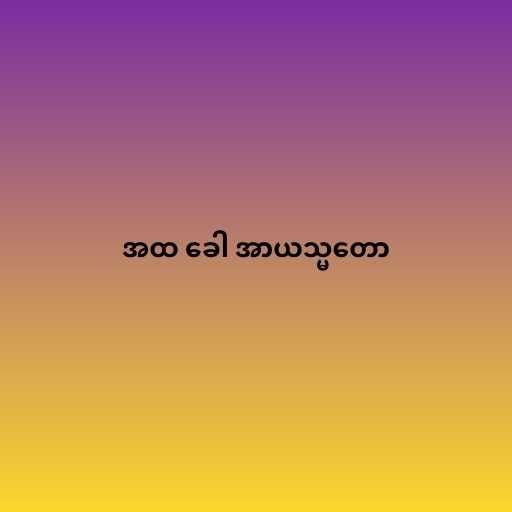
အထ ခေါ အာယသ္မတော